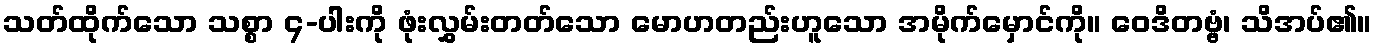
သတ်ထိုက်သော သစ္စာ ၄-ပါးကို ဖုံးလွှမ်းတတ်သော မောဟတည်းဟူသော အမိုက်မှောင်ကို။ ဝေဒိတဗ္ဗံ၊ သိအပ်၏။